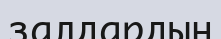
залдардың